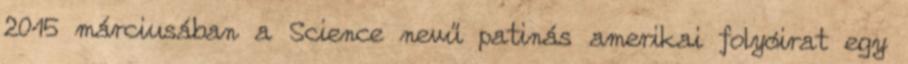
2015 márciusában a Science nevű patinás amerikai folyóirat egy